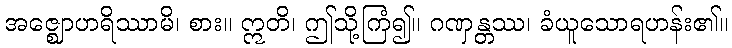
အဇ္ဈောဟရိဿာမိ၊ စား။ ဣတိ၊ ဤသို့ကြံ၍။ ဂဏှန္တဿ၊ ခံယူသောရဟန်း၏။